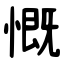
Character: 慨